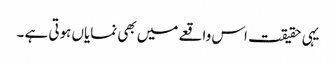
یہی حقیقت اس واقعے میں بھی نمایاں ہوتی ہے ۔